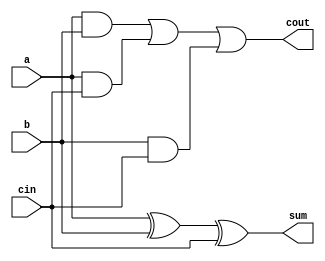
//Can perform addition or subtraction depending on add_sub bit
module  full_adder_norm(sum,cout,a,b,cin);
	output sum,cout;
	input a,b,cin;
	assign sum = a^b^cin;
	assign cout = (a&b)|(a&cin)|(b&cin);
	//assign {cout,sum}=a+b+cin;
endmodule